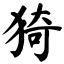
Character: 猗